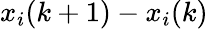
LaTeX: x_{i}(k+1)-x_{i}(k)